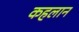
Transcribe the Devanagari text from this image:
कहलान